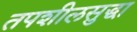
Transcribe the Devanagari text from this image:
तपशीलसुद्धा